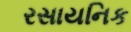
રસાયનિક